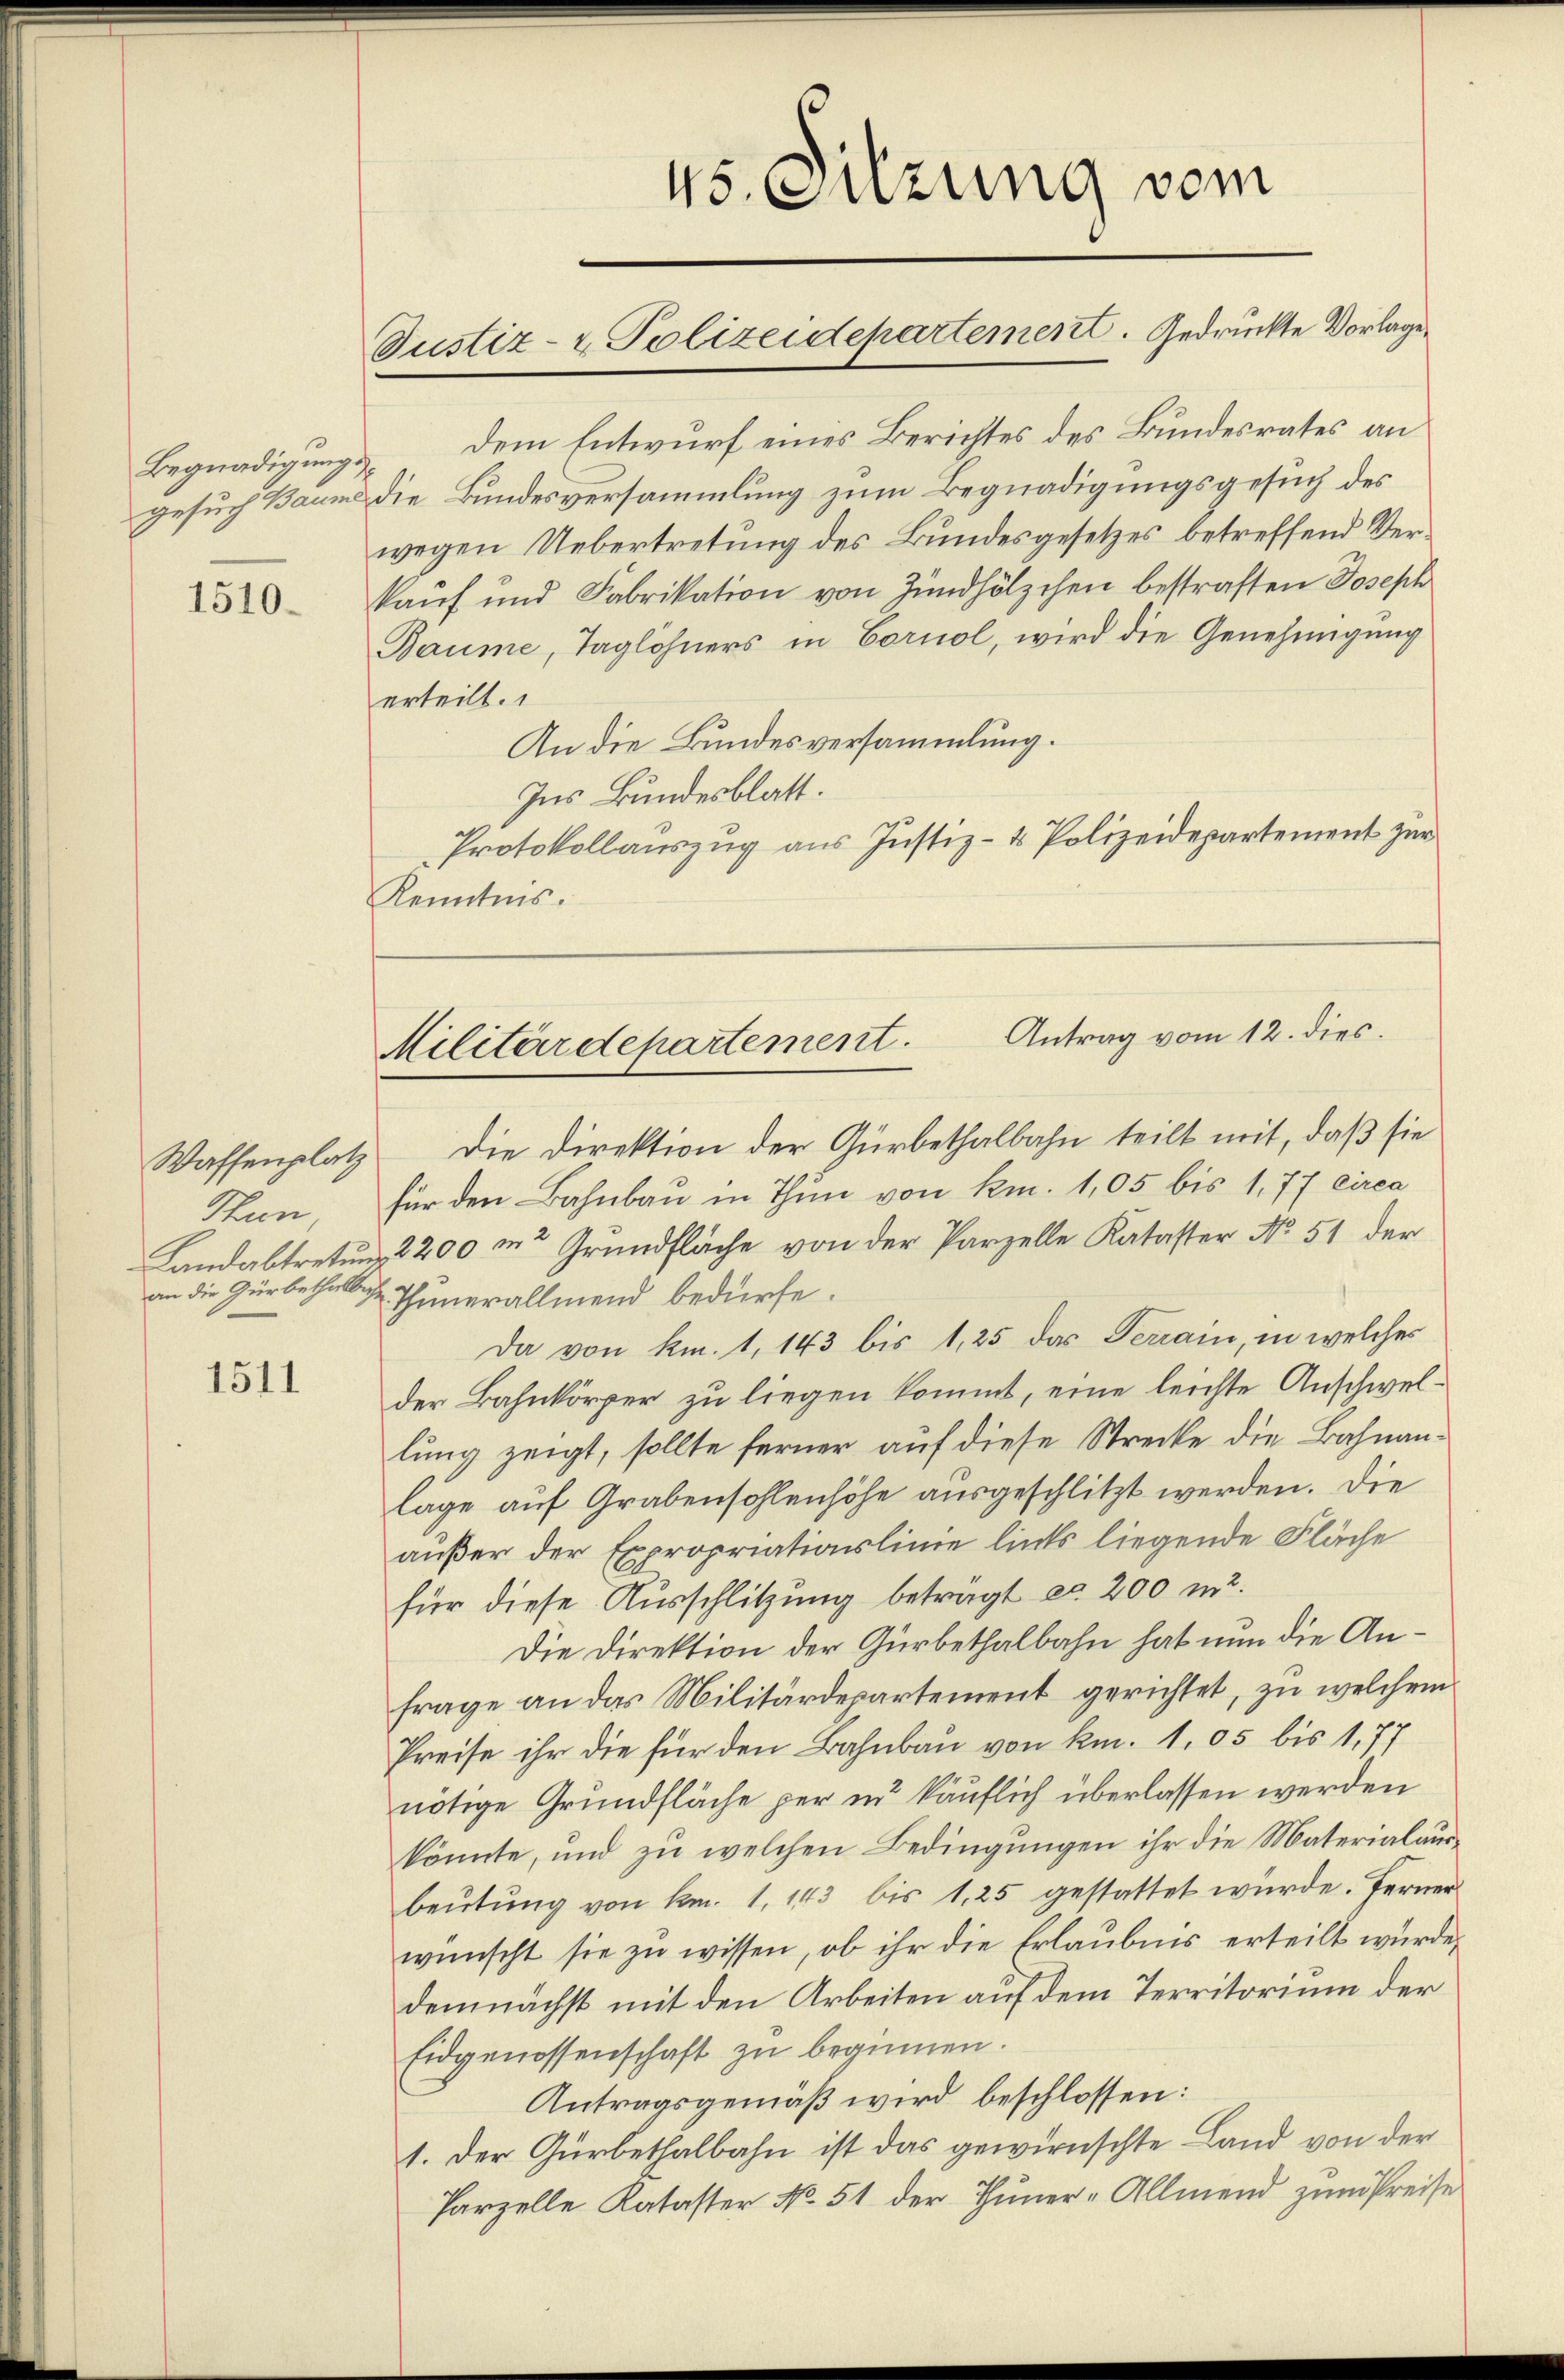
Begnadigungs

1510.

Thun,
an die Gürbethelliche

1511

45. Sitzung vom
Justiz- & Polizeidepartement. Gedruckte Vorlage

dem Entwurf eines Berichtes des Bundesrates an
gesuch Baume die Bundesversammlung zum Begnadigungsgesuch des
wegen Uebertretung des Bundesgesetzes betreffend Verkauf und Fabrikation von Zündhölzchen bestraften Joseph
Baume, Taglöhners in Corniol, wird die Genehmigung
erteilt.
An die Bundesversammlung.
Ins Bundesblatt.
Protokollauszug aus Justiz- & Polizeidepartement zur
Kenntnis.

Waffenplatz die Direktion der Gürbethalbahn teilt mit, daß sie
für den Bahnbau in Thun von km. 1,05 bis 1,77 circa
Landabtretung 2200 m Grundfläche von der Parzelle Kataster No 51 der
Thunerallmend bedürfe.
Da von km. 1, 143 bis 1,25 das Terrain, in welches
der Bahnkörper zu liegen kommt, eine leichte Anschwellung zeigt, sollte ferner auf diese Strecke die Bahnanlage auf Grabensohlenhöhe ausgeschlitzt werden. Die
außer der Expropriationslinie links liegende Fläche
für diese Ausschlitzung beträgt ca 200 m2.
Die Direktion der Gürbethalbahn hat nun die Anfrage an das Militärdepartement gerichtet, zu welchem
Preise ihr die für den Bahnbau von km. 1,05 bis 1,77
nötige Grundfläche per in käuflich überlassen werden
könnte, und zu welchen Bedingungen ihr die Materialausbeutung von km. 1. 143 bis 125 gestattet würde. Ferner
wünscht sie zu wissen, ob ihr die Erlaubnis erteilt wurde,
demnächst mit den Arbeiten auf dem Territorium der
Eidgenossenschaft zu beginnen.
Antragsgemäß wird beschlossen:
1. Der Gürbethalbahn ist das gewirnschte Land von der
Parzelle Kataster No. 51 der Thuner-Allmend zum Preise

Antrag vom 12. dies.
Militärdepartement.